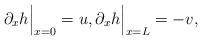
LaTeX: \begin{align*} \partial_x h\Big\vert_{x=0} = u, \partial_x h\Big\vert_{x=L} = -v,\end{align*}